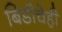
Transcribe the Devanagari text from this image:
बिडीचेही